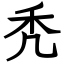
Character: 秃